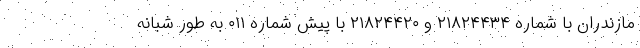
مازندران با شماره ۲۱۸۲۴۴۳۴ و ۲۱۸۲۴۴۲۰ با پیش شماره ۰۱۱ به طور شبانه